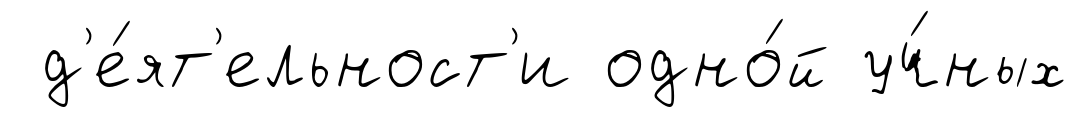
д'е́ят'ельност'и одно́й уч́ных